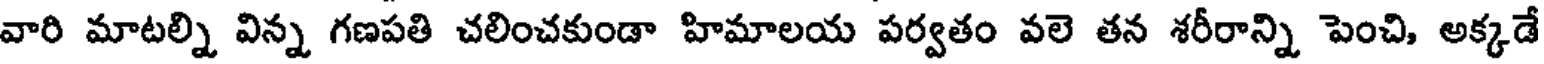
వారి మాటల్ని విన్న గణపతి చలించకుండా హిమాలయ పర్వతం వలె తన శరీరాన్ని పెంచి, అక్కడే